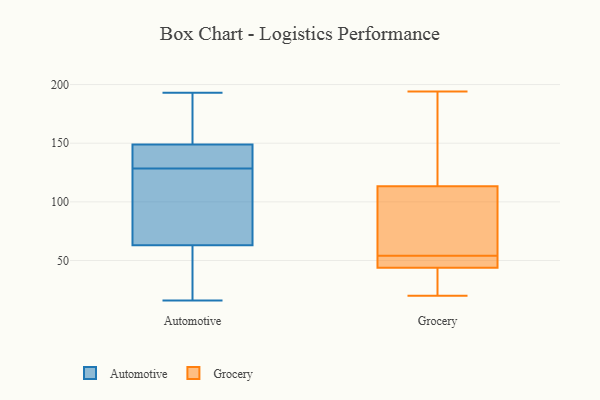
{"axis": {"x": "Gross Profit (USD K)", "y": "Value"}, "legend": ["Automotive", "Grocery"], "data": [{"x": "", "y": 72, "type": "Automotive"}, {"x": "", "y": 63, "type": "Automotive"}, {"x": "", "y": 148, "type": "Automotive"}, {"x": "", "y": 118, "type": "Automotive"}, {"x": "", "y": 193, "type": "Automotive"}, {"x": "", "y": 149, "type": "Automotive"}, {"x": "", "y": 16, "type": "Automotive"}, {"x": "", "y": 150, "type": "Automotive"}, {"x": "", "y": 139, "type": "Automotive"}, {"x": "", "y": 39, "type": "Automotive"}, {"x": "", "y": 120, "type": "Grocery"}, {"x": "", "y": 51, "type": "Grocery"}, {"x": "", "y": 151, "type": "Grocery"}, {"x": "", "y": 68, "type": "Grocery"}, {"x": "", "y": 54, "type": "Grocery"}, {"x": "", "y": 194, "type": "Grocery"}, {"x": "", "y": 48, "type": "Grocery"}, {"x": "", "y": 40, "type": "Grocery"}, {"x": "", "y": 45, "type": "Grocery"}, {"x": "", "y": 79, "type": "Grocery"}, {"x": "", "y": 111, "type": "Grocery"}, {"x": "", "y": 30, "type": "Grocery"}, {"x": "", "y": 20, "type": "Grocery"}]}